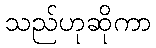
သည်ဟုဆိုကာ